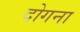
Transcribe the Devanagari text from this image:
दोगना